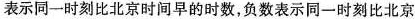
表示同一时刻比北京时间早的时数，负数表示同一时刻比北京